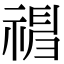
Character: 𥛃